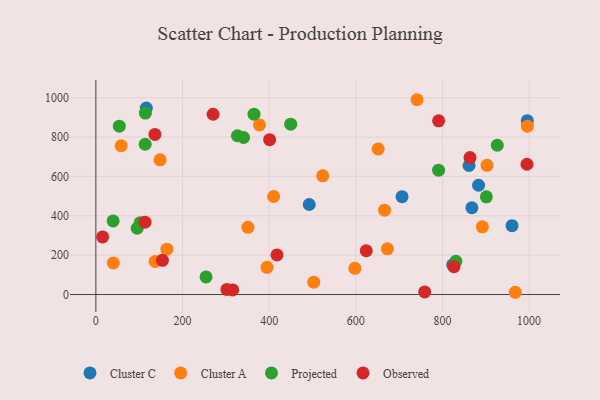
{"axis": {"x": "Price", "y": "Salary"}, "legend": ["Cluster A", "Cluster C", "Observed", "Projected"], "data": [{"x": "868.1", "y": 440.9, "type": "Cluster C"}, {"x": "996.0", "y": 883.1, "type": "Cluster C"}, {"x": "823.8", "y": 151.0, "type": "Cluster C"}, {"x": "116.4", "y": 947.1, "type": "Cluster C"}, {"x": "706.9", "y": 497.2, "type": "Cluster C"}, {"x": "492.6", "y": 457.2, "type": "Cluster C"}, {"x": "883.5", "y": 555.1, "type": "Cluster C"}, {"x": "960.8", "y": 349.7, "type": "Cluster C"}, {"x": "861.5", "y": 655.4, "type": "Cluster C"}, {"x": "503.0", "y": 62.5, "type": "Cluster A"}, {"x": "377.7", "y": 861.5, "type": "Cluster A"}, {"x": "968.2", "y": 11.4, "type": "Cluster A"}, {"x": "903.0", "y": 656.3, "type": "Cluster A"}, {"x": "136.8", "y": 167.7, "type": "Cluster A"}, {"x": "164.0", "y": 230.3, "type": "Cluster A"}, {"x": "58.4", "y": 755.7, "type": "Cluster A"}, {"x": "892.3", "y": 343.9, "type": "Cluster A"}, {"x": "40.3", "y": 160.2, "type": "Cluster A"}, {"x": "996.2", "y": 855.4, "type": "Cluster A"}, {"x": "351.0", "y": 341.3, "type": "Cluster A"}, {"x": "673.0", "y": 231.9, "type": "Cluster A"}, {"x": "597.9", "y": 133.0, "type": "Cluster A"}, {"x": "741.5", "y": 989.6, "type": "Cluster A"}, {"x": "523.8", "y": 602.8, "type": "Cluster A"}, {"x": "395.1", "y": 138.3, "type": "Cluster A"}, {"x": "666.5", "y": 428.7, "type": "Cluster A"}, {"x": "148.3", "y": 684.1, "type": "Cluster A"}, {"x": "410.3", "y": 497.9, "type": "Cluster A"}, {"x": "651.7", "y": 739.3, "type": "Cluster A"}, {"x": "449.8", "y": 865.4, "type": "Projected"}, {"x": "901.5", "y": 496.1, "type": "Projected"}, {"x": "831.1", "y": 168.9, "type": "Projected"}, {"x": "365.1", "y": 916.2, "type": "Projected"}, {"x": "926.7", "y": 758.4, "type": "Projected"}, {"x": "254.4", "y": 89.3, "type": "Projected"}, {"x": "791.2", "y": 631.8, "type": "Projected"}, {"x": "113.8", "y": 763.3, "type": "Projected"}, {"x": "326.8", "y": 806.6, "type": "Projected"}, {"x": "114.3", "y": 921.6, "type": "Projected"}, {"x": "95.4", "y": 336.6, "type": "Projected"}, {"x": "39.8", "y": 374.1, "type": "Projected"}, {"x": "54.1", "y": 855.1, "type": "Projected"}, {"x": "341.0", "y": 797.7, "type": "Projected"}, {"x": "102.3", "y": 365.1, "type": "Projected"}, {"x": "624.2", "y": 222.4, "type": "Observed"}, {"x": "315.9", "y": 23.3, "type": "Observed"}, {"x": "995.3", "y": 661.8, "type": "Observed"}, {"x": "791.3", "y": 882.4, "type": "Observed"}, {"x": "15.6", "y": 292.7, "type": "Observed"}, {"x": "863.8", "y": 695.8, "type": "Observed"}, {"x": "153.7", "y": 173.9, "type": "Observed"}, {"x": "113.5", "y": 367.3, "type": "Observed"}, {"x": "302.6", "y": 26.0, "type": "Observed"}, {"x": "401.1", "y": 786.5, "type": "Observed"}, {"x": "418.1", "y": 201.2, "type": "Observed"}, {"x": "136.3", "y": 813.2, "type": "Observed"}, {"x": "270.6", "y": 915.7, "type": "Observed"}, {"x": "826.7", "y": 141.3, "type": "Observed"}, {"x": "759.1", "y": 13.3, "type": "Observed"}]}